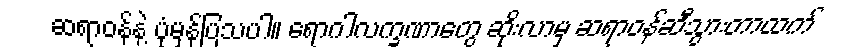
ဆရာဝန်နဲ့ ပုံမှန်ပြသပါ။ ရောဂါလက္ခဏာတွေ ဆိုးလာမှ ဆရာဝန်ဆီသွားတာထက်